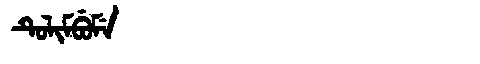
Manchu: ᡨᡠᠯᡳᠮᠪᡠᠮᡝ
Romanization: TULIMBUME